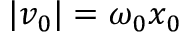
| v _ { 0 } | = \omega _ { 0 } x _ { 0 }